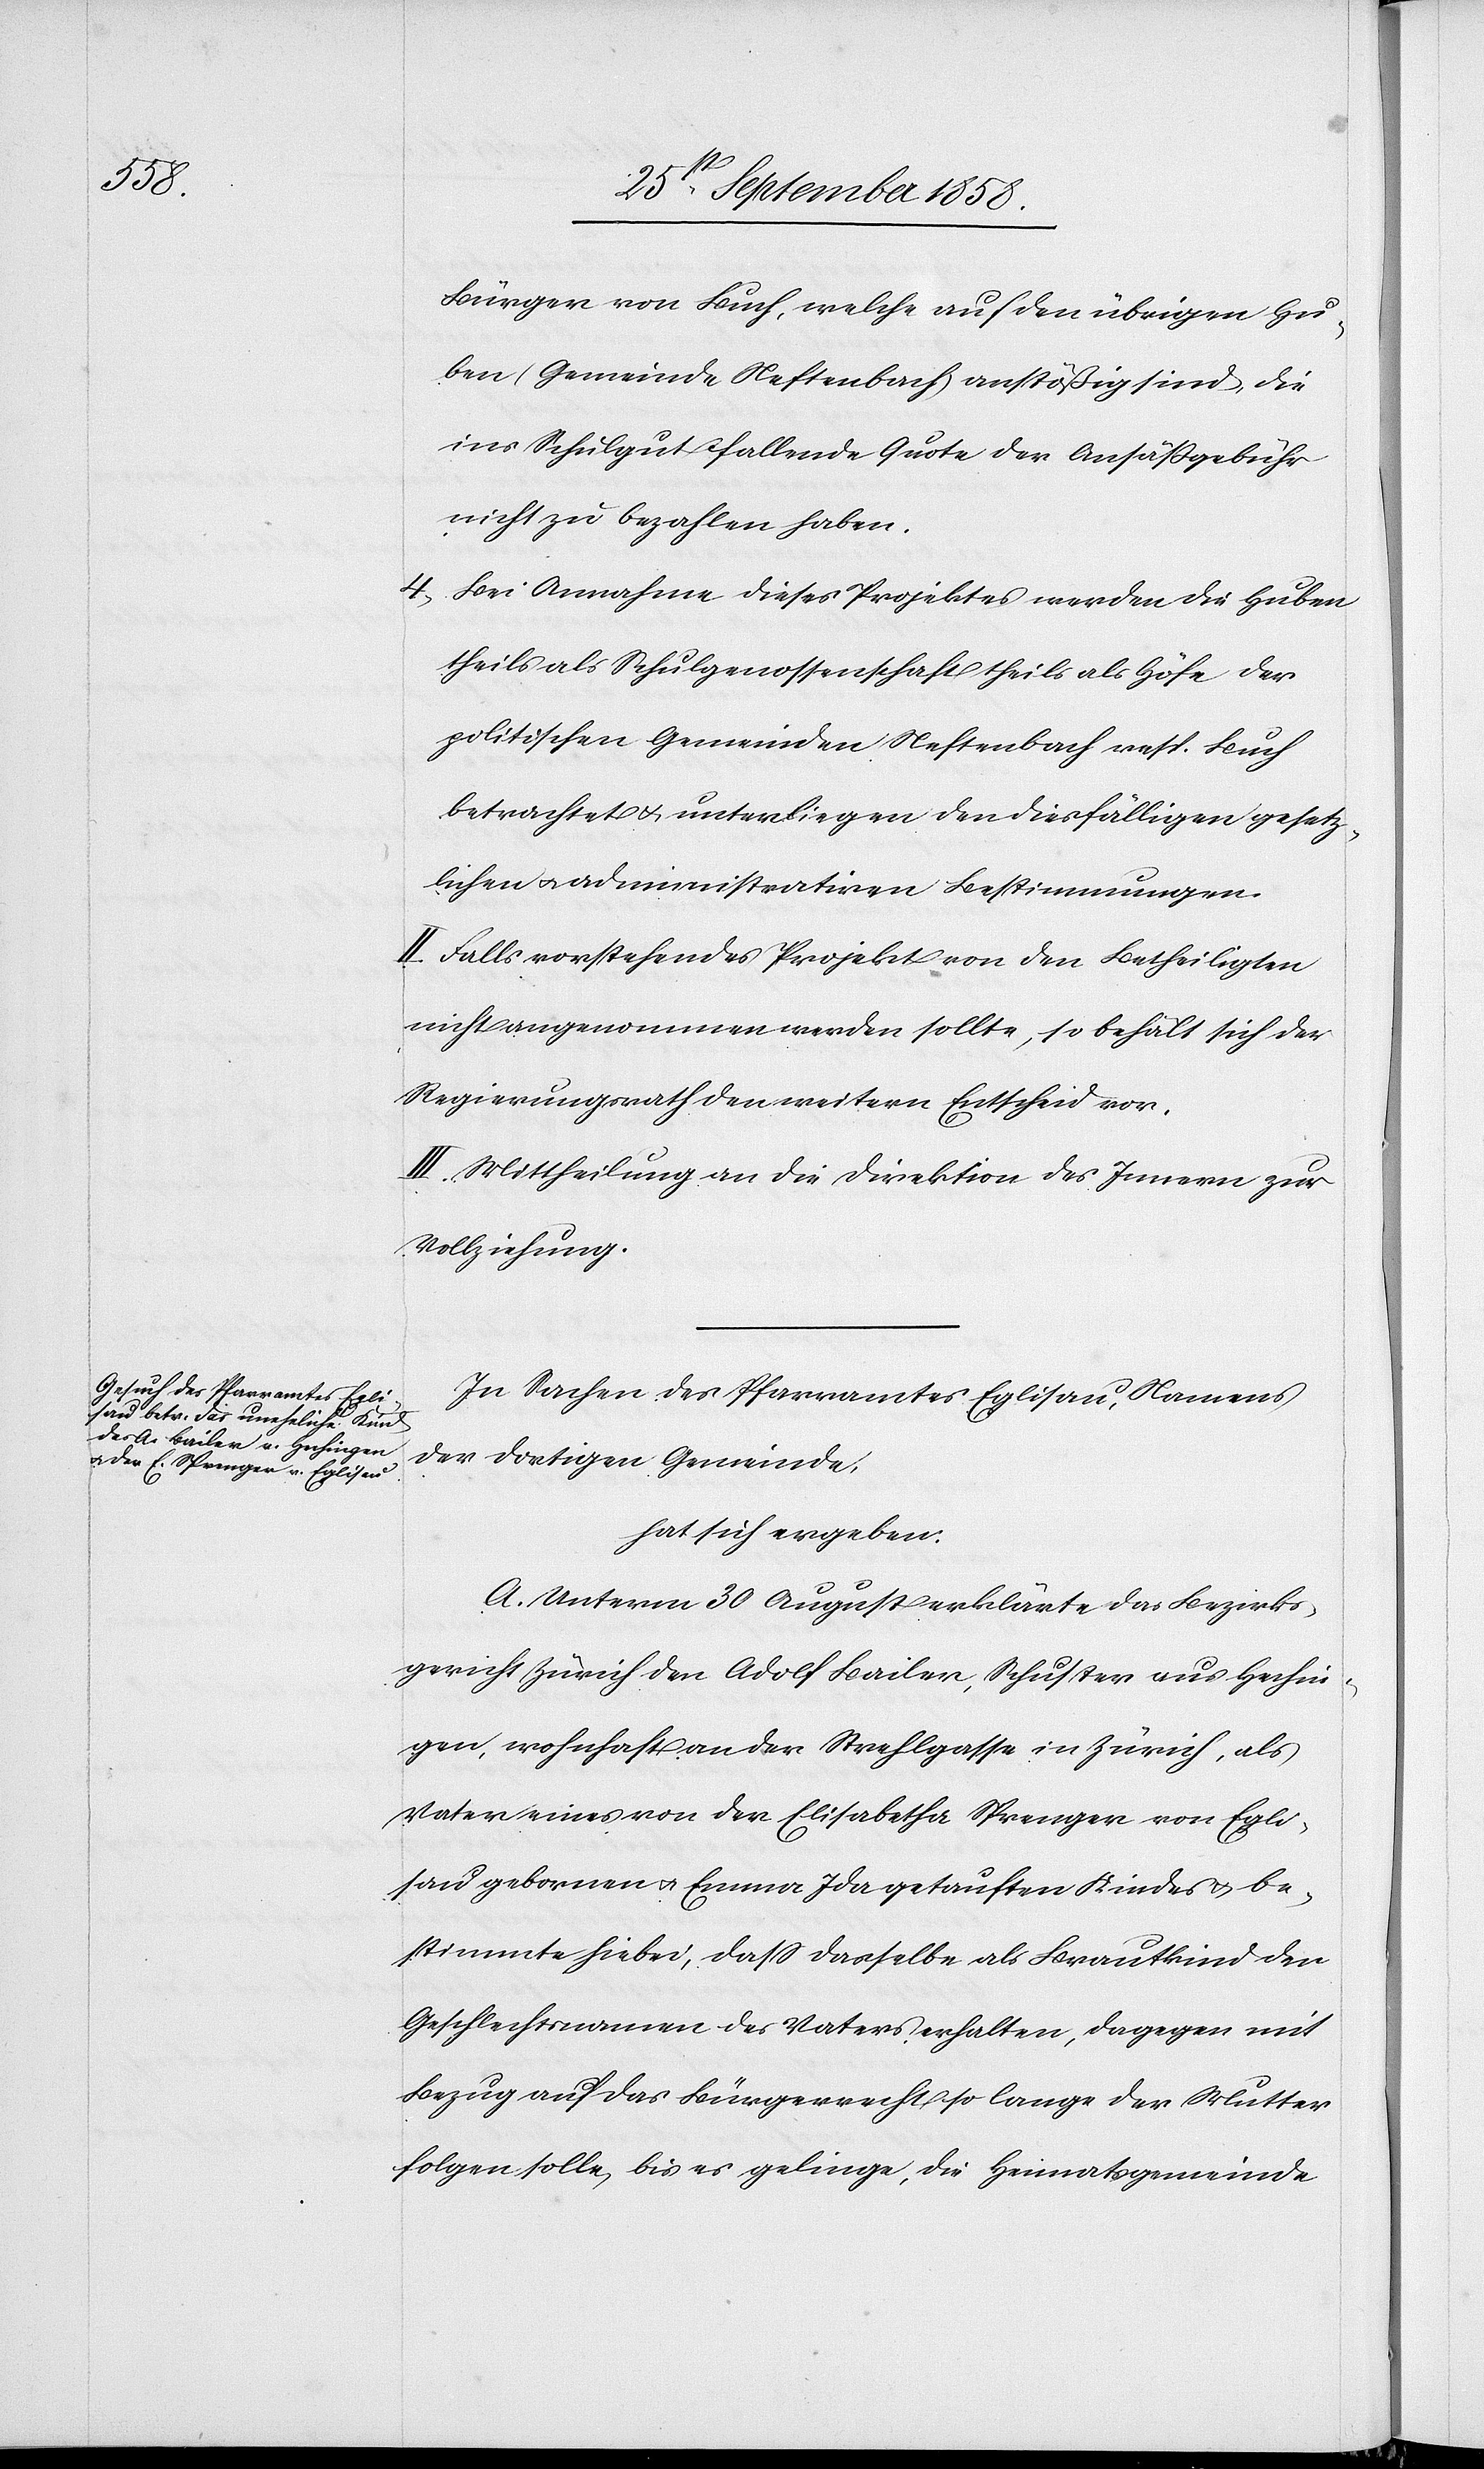
Bürger von Buch, welche auf den übrigen Hu¬
ben (Gemeinde Neftenbach) anstößig [recte:
ins Schulgut fallende Quote der Ansäßgebühr
nicht zu bezahlen haben.
4. Bei Annahme dieses Projektes werden die Huben
theils als Schulgenossenschaft theils als Höfe der
politischen Gemeinden Neftenbach resp. Buch
betrachtet & unterliegen den diesfälligen gesetz¬
lichen & administrativen Bestimmungen.
II. Falls vorstehendes Projekt von den Betheiligten
nicht angenommen werden sollte, so behält sich der
Regierungsrath den weitern Entscheid vor.
III. Mittheilung an die Direktion des Innern zur
Vollziehung.
In Sachen des Pfarramtes Eglisau, Namens
der dortigen Gemeinde,
hat sich ergeben:
A. Unterm 30 August erklärte das Bezirks¬
gericht Zürich den Adolf Bailer, Schuster aus Hechin¬
gen, wohnhaft an der Strehlgasse in Zürich, als
Vater eines von der Elisabetha Sprenger von Egli¬
sau gebornen & Emma Ida getauften Kindes & be¬
stimmte hiebei, dass dasselbe als Brautkind den
Geschlechtsnamen des Vaters erhalten, dagegen mit
Bezug auf das Bürgerrecht so lange der Mutter
folgen solle, bis es gelinge, die Heimatsgemeinde